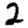
Digit: 2